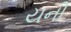
યની